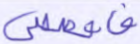
فاقصص